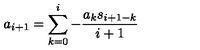
a _ { i + 1 } = \sum _ { k = 0 } ^ { i } { - \frac { a _ { k } s _ { i + 1 - k } } { i + 1 } }